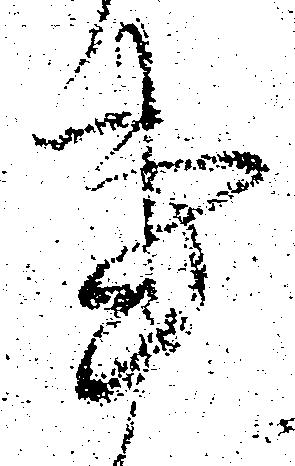
事